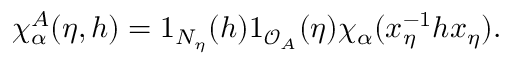
\chi _ { \alpha } ^ { A } ( \eta , h ) = 1 _ { N _ { \eta } } ( h ) 1 _ { \mathcal { O } _ { A } } ( \eta ) \chi _ { \alpha } ( x _ { \eta } ^ { - 1 } h x _ { \eta } ) .